Leprosy in India: report of the Leprosy Commission in India, 1890-91
Year: 1890
Disease focus: Leprosy
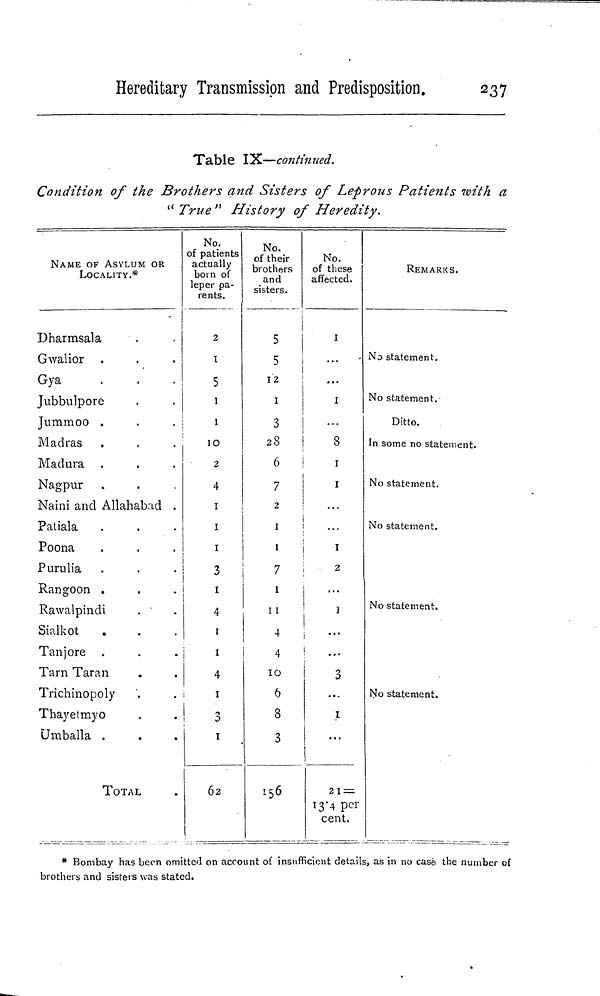
Hereditary Transmission and Predisposition.
237
Table IX—continued.
Condition of the Brothers and Sisters of Leprous Patients with a
" True" History of Heredity.
NAME OF ASYLUM OR
LOCALITY.*
Dharmsala
Gwalior
Gya
Jubbulpore
Jummoo .
Madras
Madura
Nagpur
Naini and Allahabad .
Patiala
Poona
Purulia
Rangoon .
Rawalpindi
Sialkot
Tanjore
Tarn Taran
Trichinopoly
Thayetmyo
Umballa .
TOTAL
No.
of patients
actually
born of
leper pa-
rents.
2
I
5
1
1
10
2
4
I
I
I
3
1
4
1
1
4
I
3
I
62
No.
of their
brothers
and
sisters.
5
5
12
1
3
28
6
7
2
1
1
7
1
11
4
4
10
6
8
3
156
No.
of these
affected.
I
...
I
8
1
1
1
2
1
...
3
...
I
21 =
13.4 per
cent.
REMARKS.
No statement.
No statement.
Ditto.
In some no statement.
No statement.
No statement.
No statement.
No statement.
* Bombay has been omitted on account of insufficient details, as in no case the number of
brothers and sisters was stated.